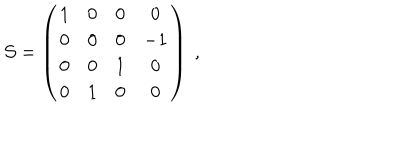
{ \cal S } = \left( \begin{matrix} { { 1 } } & { { 0 } } & { { 0 } } & { { 0 } } \\ { { 0 } } & { { 0 } } & { { 0 } } & { { - 1 } } \\ { { 0 } } & { { 0 } } & { { 1 } } & { { 0 } } \\ { { 0 } } & { { 1 } } & { { 0 } } & { { 0 } } \\ \end{matrix} \right) \ ,